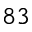
8 3